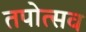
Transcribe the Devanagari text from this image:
तपोत्सव